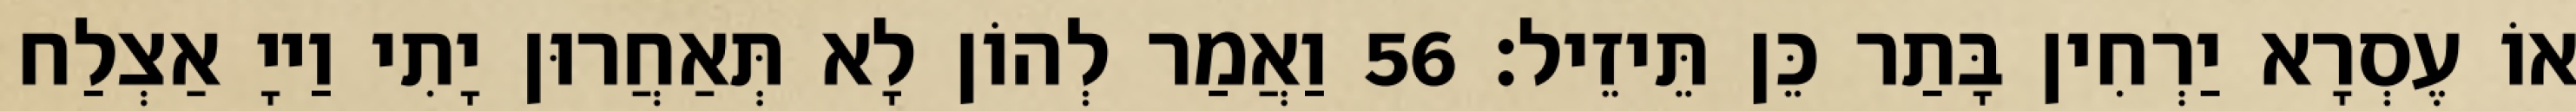
אוֹ עֶסְרָא יַרְחִין בָּתַר כֵּן תֵּיזֵיל׃ 56 וַאֲמַר לְהוֹן לָא תְּאַחֲרוּן יָתִי וַייָ אַצְלַח